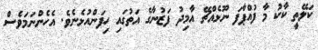
ކަލޭތީ ކާކު މާ ފުއްޕާފަ ނޫޅެއްޗޭ އާމިދު ފަޒުނާގެ އަތުގައި ހިފަންއުޅެނެވެ. އެހެންނަމަވެސް